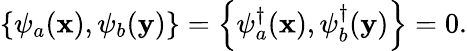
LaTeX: \left\{ \psi_{a}(\mathbf{x}),\psi_{b}(\mathbf{y})\right\} =\left\{ \psi_{a}^{\dagger}(\mathbf{x}),\psi_{b}^{\dagger}(\mathbf{y})\right\} =0.